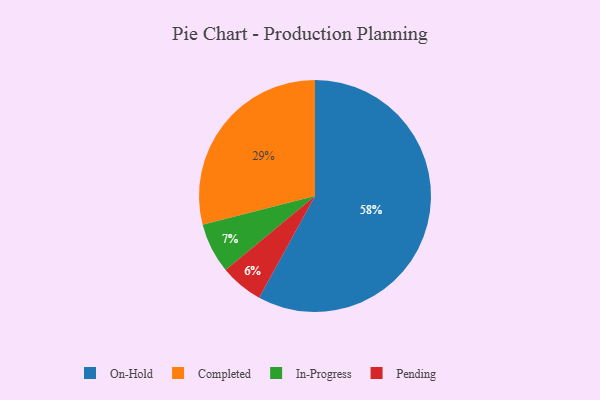
{"axis": {"x": "Category", "y": "Percentage"}, "legend": ["Completed", "In-Progress", "On-Hold", "Pending"], "data": [{"x": "On-Hold", "y": 58, "type": "On-Hold"}, {"x": "Pending", "y": 6, "type": "Pending"}, {"x": "In-Progress", "y": 7, "type": "In-Progress"}, {"x": "Completed", "y": 29, "type": "Completed"}]}